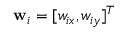
\mathbf { w } _ { i } = [ w _ { i x } , w _ { i y } ] ^ { T }